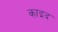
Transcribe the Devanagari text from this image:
का़इद